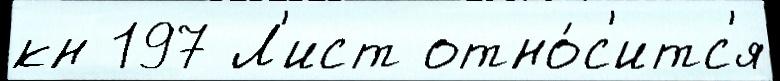
кн 197 Л'ист отно́с'итс'я